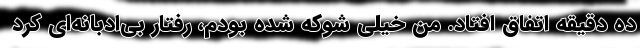
ده دقیقه اتفاق افتاد. من خیلی شوکه شده بودم، رفتار بی‌ادبانه‌ای کرد